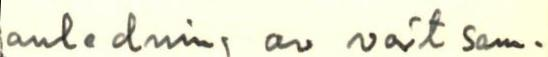
andledning av vårt sam-